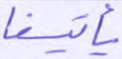
يأتينا